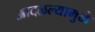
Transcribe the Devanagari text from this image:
आदळल्यामुळे